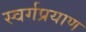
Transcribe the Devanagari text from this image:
स्वर्गप्रयाण